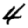
Digit: 4